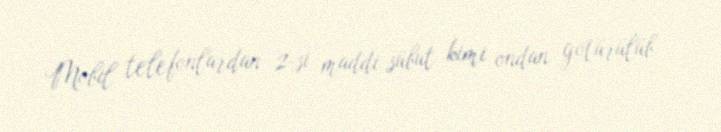
Mobil telefonlardan 2-si maddi sübut kimi ondan götürülüb.